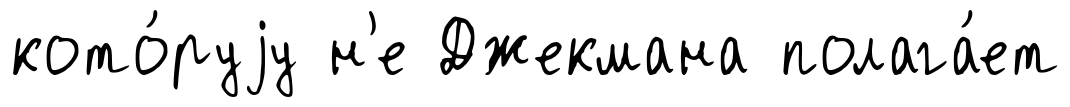
кото́руjу н'е Джекмана полага́ет